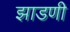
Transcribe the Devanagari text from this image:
झाडणी